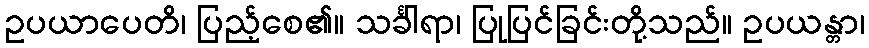
ဥပယာပေတိ၊ ပြည့်စေ၏။ သင်္ခါရာ၊ ပြုပြင်ခြင်းတို့သည်။ ဥပယန္တာ၊